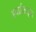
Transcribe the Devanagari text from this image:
हवाईअड़्डा